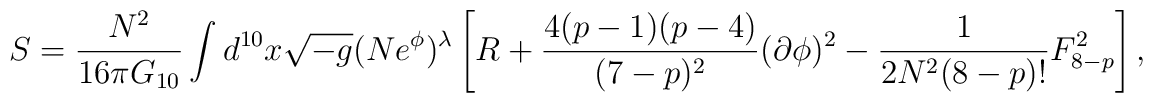
S=\frac{N^2}{16\pi G_{10}}\int d^{10}x\sqrt{-g}(Ne^{\phi})^{\lambda} \left [R +\frac{4(p-1)(p-4)}{(7-p)^2}(\partial \phi)^2 - \frac{1}{2N^2(8-p)!}F^2_{8-p}\right],